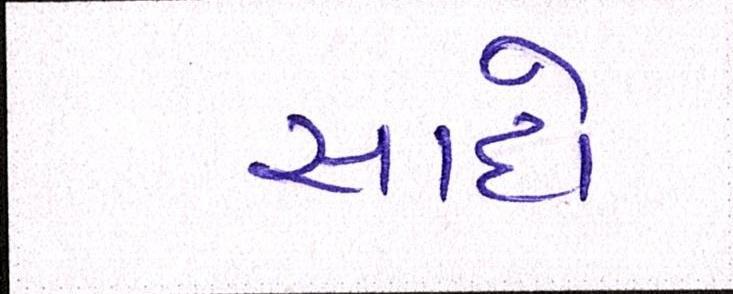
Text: સાદો